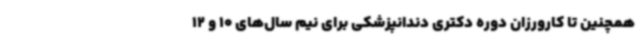
همچنین تا کارورزان دوره دکتری دندانپزشکی برای نیم‌ سال‌های 10 و 12